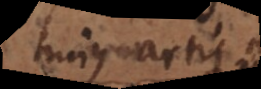
hujus artis